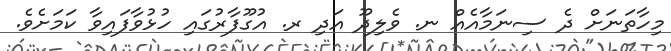
މިހާތަނަށް ދެ ސިނަމާއެއް ނ. ވެލިދޫ އަދި ރ. އުގޫފާރުގައި ހުޅުވާފައިވާ ކަމަށެވެ.